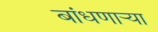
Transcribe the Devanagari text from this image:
बांधणार्‍या